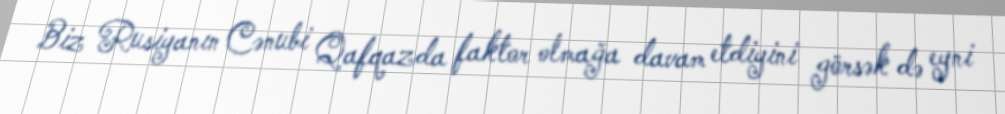
Biz Rusiyanın Cənubi Qafqazda faktor olmağa davam etdiyini görsək də eyni